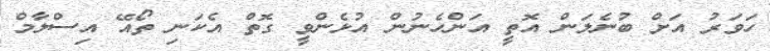
ހަވަރު އަށް ބުނެލަން އޮތީ އަންހެނުން އުޅެންވީ ގޮތް އެކަނި ތޯއޭ އިސްލާމް